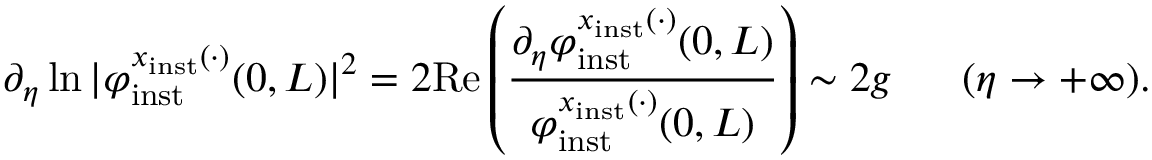
\partial _ { \eta } \ln \vert \varphi _ { \mathrm { i n s t } } ^ { x _ { \mathrm { i n s t } } ( \cdot ) } ( 0 , L ) \vert ^ { 2 } = 2 \mathrm { R e } \left( \frac { \partial _ { \eta } \varphi _ { \mathrm { i n s t } } ^ { x _ { \mathrm { i n s t } } ( \cdot ) } ( 0 , L ) } { \varphi _ { \mathrm { i n s t } } ^ { x _ { \mathrm { i n s t } } ( \cdot ) } ( 0 , L ) } \right) \sim 2 g \ \ \ \ \ ( \eta \to + \infty ) .